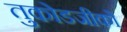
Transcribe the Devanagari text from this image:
तुकोडजीको